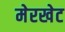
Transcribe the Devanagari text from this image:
मेरखेट